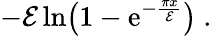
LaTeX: -{\cal E}\, {\mathrm{ln}}\! \left(1-{\mathrm e}^{-{\frac{\pi x}{\cal E}}}\right)\ .